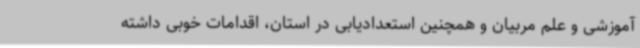
آموزشی و علم مربیان و همچنین استعدادیابی در استان، اقدامات خوبی داشته